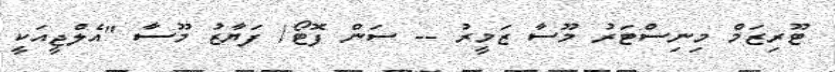
ޓޫރިޒަމް މިނިސްޓަރު މޫސާ ޒަމީރު -- ސަން ފޮޓޯ/ ފަޔާޒު މޫސާ "އެލްޖީއަކީ